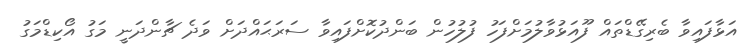
އަޅާފައިވާ ބެރިގޭޑްތައް ފޫއަޅުވާލުމަށްފަހު ފުލުހުން ބަންދުކޮށްފައިވާ ސަރަޙައްދަށް ވަދެ ޗާންދަނީ މަގު އޯކިޑްމަގު